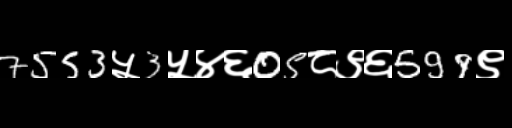
Text: 7553५3५४६05८९६599९